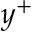
y ^ { + }